Children and Young Persons (Scotland) Act, 1932. Care and training of juveniles, 1932
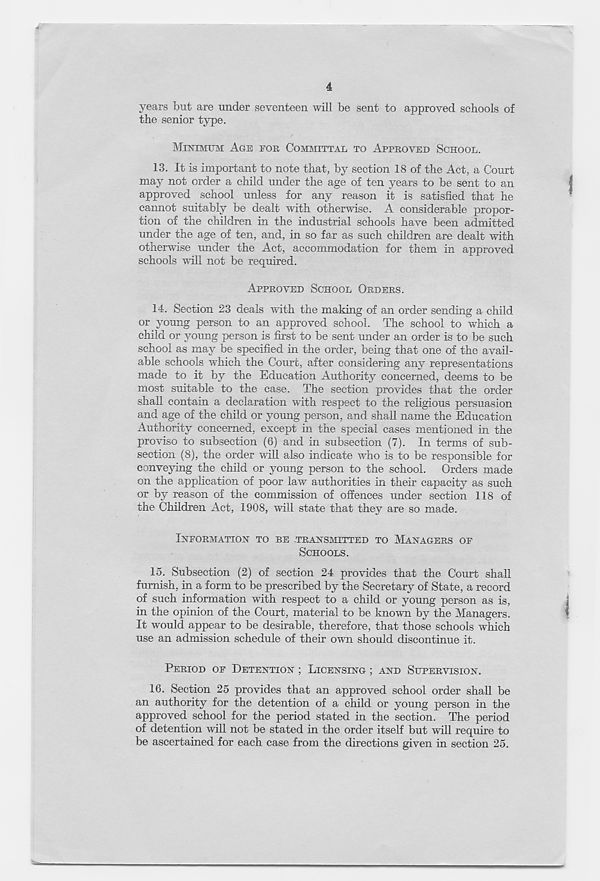
4
years but are under seventeen will be sent to approved schools of
the senior type.
MINIMUM AGE FOR COMMITTAL TO APPROVED SCHOOL.
13. It is important to note that, by section 18 of the Act, a Court
may not order a child under the age of ten years to be sent to an
approved school unless for any reason it is satisfied that he
caimot suitably be dealt with otherwise. A considerable propor-
tion of the children in the industrial schools have been admitted
under the age of ten, and, in so far as such children are dealt with
otherwise under the Act, accommodation for them in approved
schools will not be required.
APPROVED SCHOOL ORDERS.
14. Section 23 deals with the making of an order sending a child
or young person to an approved school. The school to which a
child or young person is first to be sent under an order is to be such
school as may be specified in the order, being that one of the avail-
able schools which the Court, after considering any representations
made to it by the Education Authority concerned, deems to be
most suitable to the case. The section provides that the order
shall contain a declaration with respect to the religious persuasion
and age of the child or young person, and shall name the Education
Authority concerned, except in the special cases mentioned in the
proviso to subsection (6) and in subsection (7). In terms of sub-
section (8), the order will also indicate who is to be responsible for
conveying the child or young person to the school. Orders made
on the application of poor law authorities in their capacity as such
or by reason of the commission of offences under section 118 of
the Children Act, 1908, will state that they are so made.
INFORMATION TO BE TRANSMITTED TO MANAGERS OF
SCHOOLS.
15. Subsection (2) of section 24 provides that the Court shall
furnish, in a form to be prescribed by the Secretary of State, a record
of such information with respect to a child or young person as is,
in the opinion of the Court, material to be known by the Managers.
It would appear to be desirable, therefore, that those schools which
use an admission schedule of their own should discontinue it.
PERIOD OF DETENTION ; LICENSING ; AND SUPERVISION.
16. Section 25 provides that an approved school order shall be
an authority for the detention of a child or young person in the
approved school for the period stated in the section. The period
of detention will not be stated in the order itself but will require to
be ascertained for each case from the directions given in section 25.